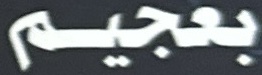
بعجيم